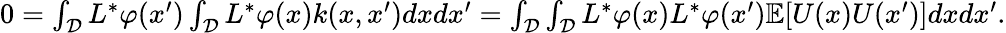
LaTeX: \begin{array}{r}{0=\int_{\mathcal{D}}L^{*}\varphi(x^{\prime})\int_{\mathcal{D}}L^{*}\varphi(x)k(x,x^{\prime})dxdx^{\prime}=\int_{\mathcal{D}}\int_{\mathcal{D}}L^{*}\varphi(x)L^{*}\varphi(x^{\prime})\mathbb{E}[U(x)U(x^{\prime})]dxdx^{\prime}.}\end{array}